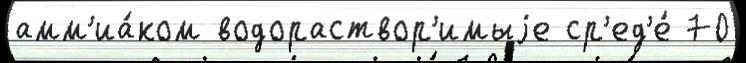
амм'иа́ком водораствор'имыjе ср'ед'е́ 70